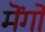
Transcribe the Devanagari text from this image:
मॆंगो